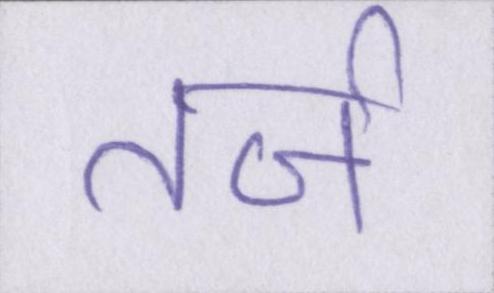
तर्ज